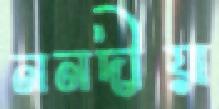
ননদীয়া